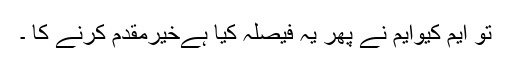
تو ایم کیوایم نے پھر یہ فیصلہ کیا ہےخیرمقدم کرنے کا ۔